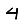
Digit: 4